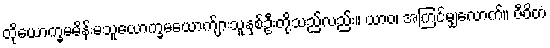
ထိုယောက္ခမမိန်းမသူယောက္ခမယောက်ျားသူနှစ်ဦးတို့သည်လည်း။ ယာဝ၊ အကြင်မျှလောက်။ ဇီဝိတံ